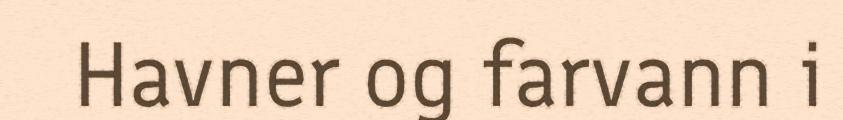
Havner og farvann i